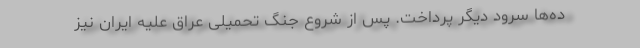
ده‌ها سرود دیگر پرداخت. پس از شروع جنگ تحمیلی عراق علیه ایران نیز